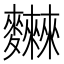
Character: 𪎂